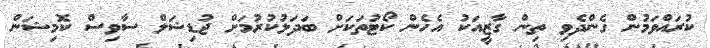
ކުރައްވަމުން ގެންދެވި ތިން ގާޒީއަކު އެހެން ކޯޓުތަކަށް ބަދަލުކުރުމަށް ޖުޑިޝަލް ސާވިސް ކޮމިޝަން